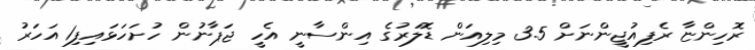
ރޮހިންޏާ ރެފިއުޖީންނަށް 3.5 މިލިއަން ޑޮލަރުގެ އިންސާނީ އެހީ ޖަޕާނުން ހުށަހަޅައިފި1 އަހަރު